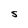
Character: S